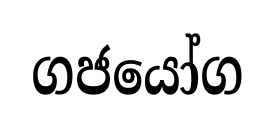
ගජයෝග